Report on vaccination in the Province of Bengal - 1874-1889
Year: 1874
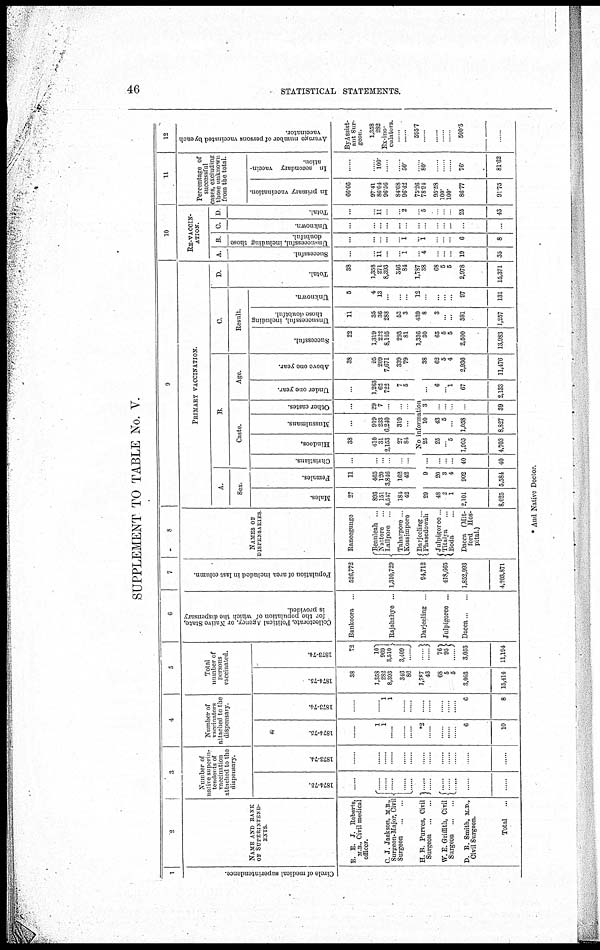
46
STATISTICAL STATEMENTS.
SUPPLEMENT TO TABLE No. V.
1
Circle of medical superintendence.
2
NAME AND RANK
OF SUPERINTEND¬
ENTS
E. E. J. Roberts,
M.B., Civil medical
officer.
C. J. Jackson, M. B.,
Surgeon-Major, Civil
Surgeon
...
...
H. B. Purves, Civil
Surgeon
...
...
W.E.Griffith, Civil
Surgeon ... ...
D. B. Smith, M.D.,
Civil Surgeon.
Total ...
3
Number of
native superin-
tendents of
vaccination
attached to the
dispensary.
1874-75.
......
......
......
......
......
......
......
......
......
......
......
1873-74.
......
......
......
......
......
......
......
......
......
......
......
......
......
4
Number of
vaccinators
attached to the
dispensary.
1874-73.
......
1
1
......
......
......
*2
......
......
......
......
6
10
1873-74.
......
......
1
1
......
....
......
......
......
......
......
6
8
5
Total
number of
persons
vaccinated.
1874-75.
38
1,358
282
8,393
346
86
1,787
43
68
5
5
3,003
15,414
1873-74.
72
10
969
3,510
3,409
....
......
76
95
......
3,053
11,194
6
Collectorate, Political Agency, or Native State,
for the population of which the dispensary
is provided.
Bankoora ...
Rajshahye ...
Darjeeling ...
Julpigoree ...
Dacca ... ...
7
Population of area included in last column.
526,772
1,310,729
94,712
418,665
1,852,993
4,203,871
8
NAMES OF
DISPENSARIES
Raneegunge
Beauleah ...
Nattore ...
Lallpore ...
Taharpore ...
Kossimpore ...
Darjeeling ...
Phasedowah ...
Julpigoree ...
Titalya ...
Boda ...
Dacca (Mit¬
ford Hos-
pital.)
9
PRIMARY VACCINATION.
A.
Sex.
Males.
27
893
151
4,547
184
42
Females.
11
465
120
3,846
162
42
B.
Caste.
Christians.
...
...
...
...
...
...
Hindoos.
38
410
31
2,153
27
84
Mussulmans.
...
919
233
6,240
319
...
Other castes.
...
29
7
...
...
...
Age.
Under one year.
...
1,263
62
722
7
5
Above one year.
38
95
209
7,671
339
79
No information
29
48
2
1
2,101
8,025
9
20
3
4
902
5,584
...
...
...
...
40
40
25
25
...
5
1,905
4,703
10
43
5
...
1,058
8,827
3
...
...
...
...
39
...
6
....
1
67
2,133
38
62
5
4
2,936
11,476
C.
Result.
Successful.
22
1,319
222
8,105
293
81
1,336
30
65
5
5
2,500
13,983
Unsuccessful, including
those doubtful.
11
35
36
288
53
3
439
8
3
...
...
381
1,257
Unknown.
5
4
13
...
...
...
12
...
...
...
...
97
131
D.
Total.
38
1,358
271
8,393
346
84
1,787
38
68
5
5
2,978
15,371
10
RE-VACCIN¬
ATION.
A.
Successful.
...
...
11
...
...
1
...
4
...
...
...
19
35
B.
Unsuccessful, including those
doubtful.
...
...
...
...
...
1
...
1
...
...
...
6
8
C.
Unknown
...
...
...
...
...
...
...
...
...
...
...
...
...
D.
Total.
...
...
11
...
...
2
...
5
...
...
...
25
43
11
Percentage of
successful
cases, excluding
those unknown
from the total.
In primary vaccination.
66.66
97.41
86.04
96.56
84.68
96.42
75.26
78.94
95.58
100.
100.
86.77
91.75
In secondary vaccin-
ation.
......
...
100.
...
......
50.
...
80.
...
...
...
76.
81.62
12
Average number of persons vaccinated by each
vaccinator.
By Assist¬
ant Sur-
geon.
1,358
282
Ex-ino¬
culators.
...
......
595.7
......
......
......
......
500.5
* And Native Doctor.